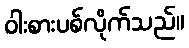
ဝါးစားပစ်လိုက်သည်။